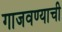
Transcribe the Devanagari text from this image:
गाजवण्याची